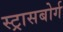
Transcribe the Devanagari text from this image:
स्ट्रासबोर्ग